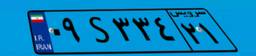
۰۹S۳۳۴۲۱